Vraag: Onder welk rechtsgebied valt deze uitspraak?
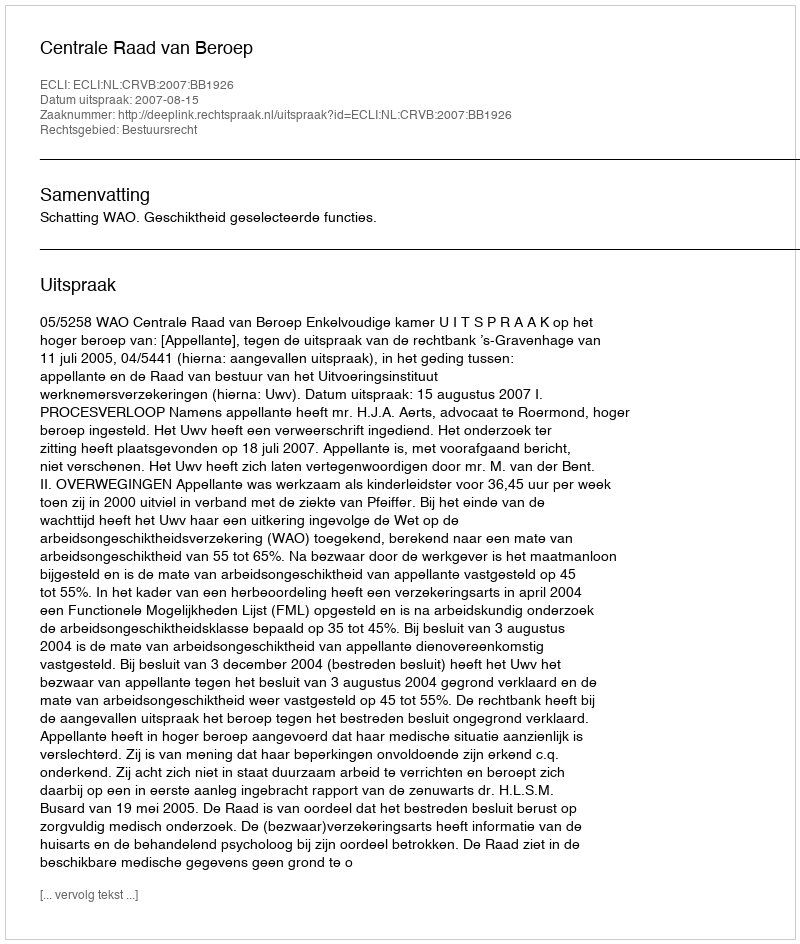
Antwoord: Bestuursrecht